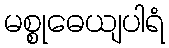
မစ္စုဓေယျပါရံ